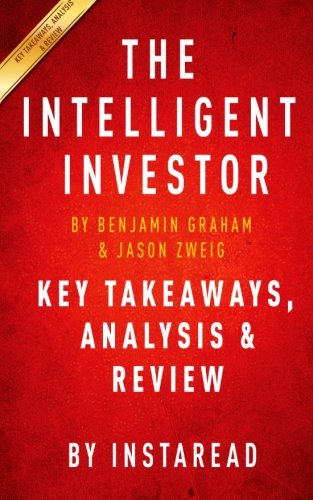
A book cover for The Intelligent Investor: The Definitive Book on Value Investing by Benjamin Graham and Jason Zweig | Key Takeaways, Analysis & Review; Instaread; Business & Money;